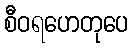
စီဝရဟေတုပေ